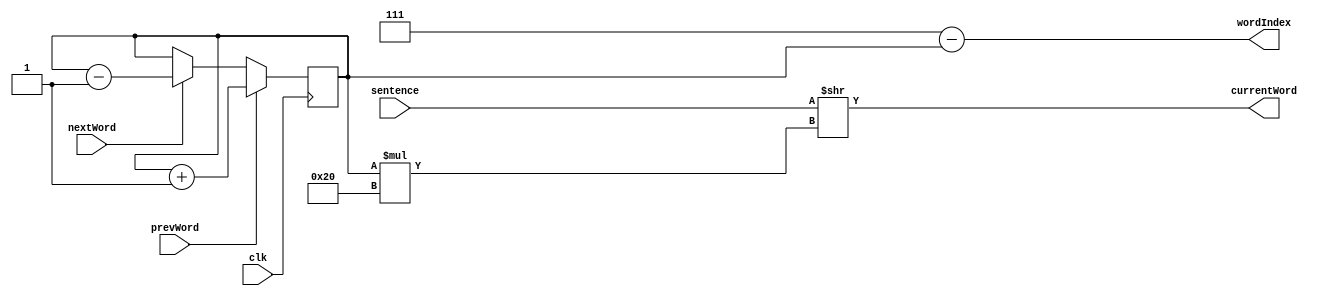
`timescale 1ns / 1ps

module sentenceDisplayController(
    input wire clk,
    input wire [255:0] sentence,
    input wire nextWord,
    input wire prevWord,
    output wire [31:0] currentWord,
    output wire [2:0] wordIndex
    );
    
    // Index of currently displayed word
    // index 7 indicates first word, index 0 indicates last word
    reg [2:0] currentWordIndex = 3'd7;
    
    // Assigns current word in sentence to output
    assign currentWord = sentence >> (currentWordIndex * 32);
    // Changes indexing so index 0 is first word and index 7 is last word
    assign wordIndex = 3'd7 - currentWordIndex;
    
    always @(posedge clk) begin
        // Scroll through words
        if (nextWord) currentWordIndex <= currentWordIndex - 1;
        if (prevWord) currentWordIndex <= currentWordIndex + 1;
    end
    
endmodule